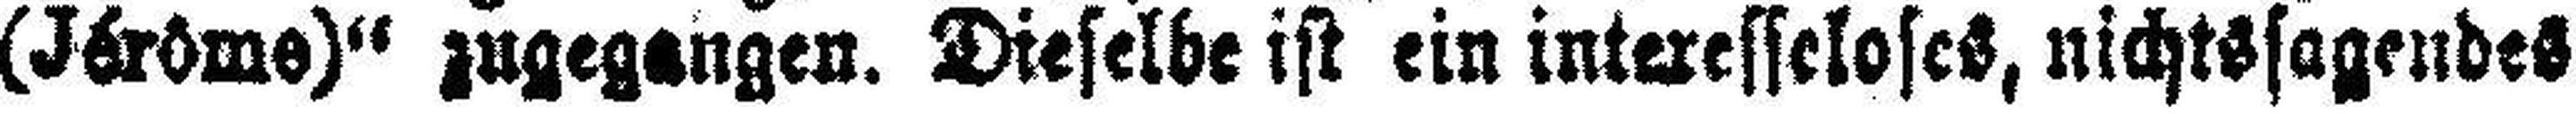
(Jérôme)“ zugegangen. Dieselbe ist ein interesseloses, nichtssagendes